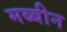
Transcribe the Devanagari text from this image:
मब्बीन